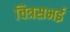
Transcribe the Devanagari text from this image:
चित्रसभई